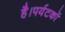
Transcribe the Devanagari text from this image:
है।पर्यटकों